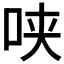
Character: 𰇕